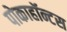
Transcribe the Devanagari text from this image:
पोकाहॉन्टस